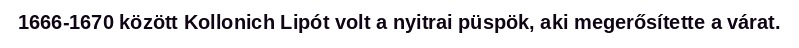
1666-1670 között Kollonich Lipót volt a nyitrai püspök, aki megerősítette a várat.